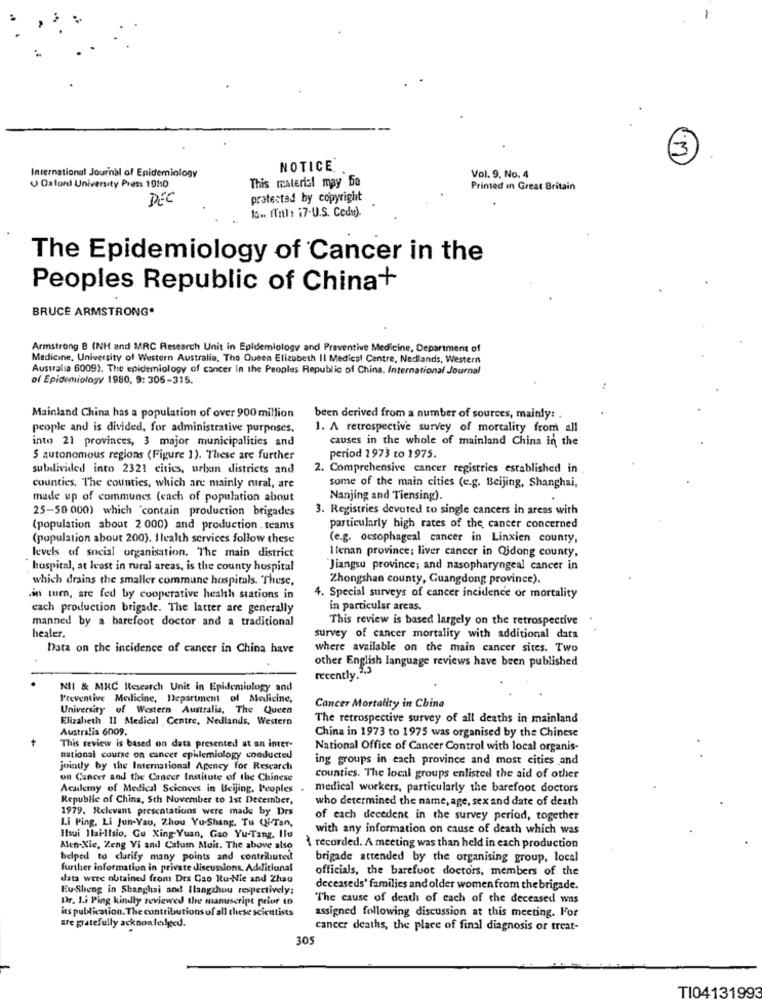
3
NOTICE
International Journal of Epidemiology
This material may ba
Vol. 9. No. 4
Oxford University Press 195:0
Printed In Great Britain
DEC
protected by copyright
13 .. (Thl: 17-U.S. Code).
The Epidemiology of Cancer in the
Peoples Republic of China+
BRUCE ARMSTRONG*
Armstrong B (NH and MRC Research Unit in Epidemiology and Preventive Medicine, Department of
Medicine, University of Western Australia, The Queen Elizabeth II Medical Centre, Nedlands, Western
Australia 6009). The epidemiology of cancer In the Peoples Republic of China. International Journal
of Epidemiology 1980, 9: 305-315.
Mainland China has a population of over 900 million
been derived from a number of sources, mainly: .
people and is divided, for administrative purposes.
1. A retrospective survey of mortality from all
into 21 provinces, 3 major municipalities and
causes in the whole of mainland China in the
$ autonomous regions (Figure 1). These are further
period 1973 to 1975.
subdivided into 2321 cities, urban districts and
2. Comprehensive cancer registries established in
counties. The counties, which are mainly rural, are
some of the main cities (e.g. Beijing, Shanghai,
made up of communes (each of population about
Nanjing and Tiensing).
25-50 000) which contain production brigades
3. Registries devoted to single cancers in areas with
(population about 2 000) and production . teams
particularly high rates of the cancer concerned
(population about 200). I health services follow these
(e.g. oesophageal cancer in Linxien county,
levels of social organisation. The main district
Ilenan province; liver cancer in Qidong county,
hospital, at least in rural areas, is the county hospital
"Jiangsu province; and nasopharyngeal cancer in
which drains the smaller commune hospitals. These,
Zhongshan county, Guangdong province).
.in turn, are fed by cooperative health stations in
4. Special surveys of cancer incidence or mortality
cach production brigade. The latter are generally
in particular areas.
manned by a barefoot doctor and a traditional
This review is based largely on the retrospective
healer.
survey of cancer mortality with additional data
Data on the incidence of cancer in China have
where available on the main cancer sites. Two
other English language reviews have been published
recently.2,3
NII & MRC Research Unit in Epidemiology and
Preventive Medicine, Department of Medicine,
University of Western Australia, The Queen
Cancer Mortality in China
Elizabeth II Medical Centre, Nedlands, Western
The retrospective survey of all deaths in mainland
Australia 6009.
China in 1973 to 1975 was organised by the Chinese
This review is based on data presented at an inter-
National Office of Cancer Control with local organis-
national course on cancer epilemiology conducted
ing groups in each province and most cities and
jointly by the International Agency for Research
on Cancer and the Cancer Institute of the Chinese
counties. The local groups enlisted the aid of other
Academy of Medical Sciences in Beijing, Peoples .
medical workers, particularly the barefoot doctors
Republic of China, Sch November to 1st December,
who determined the name, age, sex and date of death
1979. Relevant presentations were made by Drs
Li Ping, Li Jun-Yao, Zhou Yu-Shang. Tu QiTan,
of each decedent in the survey period, together
with any information on cause of death which was
Itsui Ilai-Itsio, Gu Xing-Yuan, Gao Yu-Tang, Ile
Men-Xie, Zeng Vi and Calum Muir. The above also
À recorded. A meeting was than held in each production
helped to clarify many points and contributed
brigade attended by the organising group, local
further information in private discussions. Additional
officials, the barefoot doctors, members of the
data were obtained from Des Cao Ru-Nie and Zhao
Eu-Sheng in Shanghai and Ilangzhou respectively;
deceaseds' families and older women from the brigade.
Dr. Li Ping kindly reviewed the manuscript prior to
The cause of death of each of the deceased was
its publication. The contributions of all these scientists
are gratefully acknowledged.
assigned following discussion at this meeting. For
cancer deaths, the place of final diagnosis or treat-
305
TI04131993